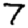
Digit: 7